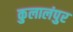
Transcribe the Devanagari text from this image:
कुलालंपुर